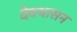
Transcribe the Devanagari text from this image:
देवथासन